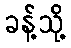
ခန့်သို့